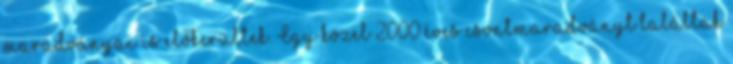
maradványai is előkerültek. Egy közel 2000 éves csontmaradványt találtak